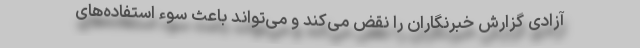
آزادی گزارش خبرنگاران را نقض می‌کند و می‌تواند باعث سوء استفاده‌های